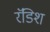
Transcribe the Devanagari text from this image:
रॅडिश